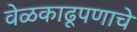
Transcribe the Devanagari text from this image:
वेळकाढूपणाचे